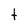
Character: t